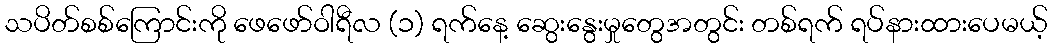
သပိတ်စစ်ကြောင်းကို ဖေဖော်ဝါရီလ (၁) ရက်နေ့ ဆွေးနွေးမှုတွေအတွင်း တစ်ရက် ရပ်နားထားပေမယ့်